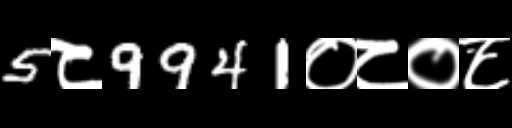
Text: 5८9941०८०८